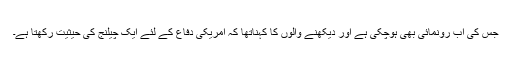
جس کی اب رونمائی بھی ہوچکی ہے اور دیکھنے والوں کا کہناتھا کہ امریکی دفاع کے لئے ایک چیلنج کی حیثیت رکھتا ہے۔